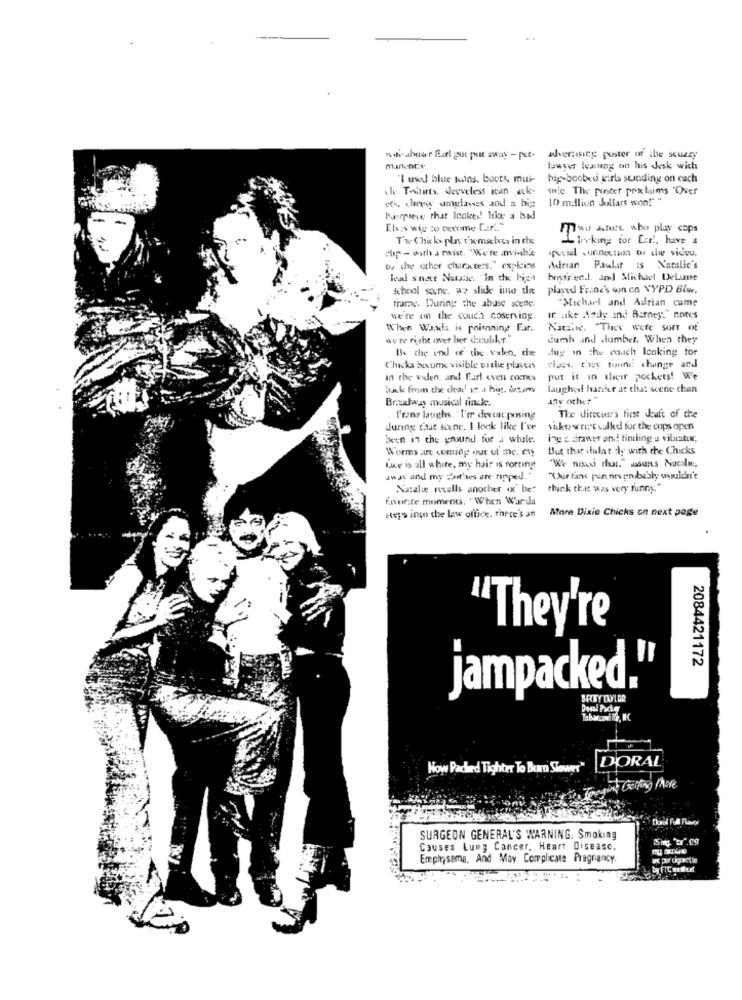
wifi. ahuur Burl gor put away - per-
advertising poster of the scuzzy
manente
bever leaning on his desk with
"I uwd blue tuins. boots, mui-
big boobed girls sunding on cach
dle T-shirts, develess ican uck-
swie The pinter proxclaims Over
ets, cheewy amylaves and a big
[0 million dollars won!" "
hastpiece that looked! like a bid
Elvis wig ao Docome Car"
Flau Ature who play cops
T'w Chicks plav txemaelves in the
L trcking for Car !, have a
chp - with a twist. "We're anwiiha
special .unnectan ou sie videu.
to the other characters." explains
Adrian Paulaf is Natalie's
heal snett Natstic. In the high
hmsfrien.t. and Michael DeLune
school soune. we slide into the
played Fraine's om en NYPD Blue.
frame. During the abuse scene.
"Michael and Adrian cume
we're on the couch coserving.
it like Andy and Barney."notes
When Waads is poisoning Far ..
Nachwe. "They were sort ot
wu ce rijthe over her <: culdr."
dumb and dumber. When they
Is the unal of the valen, die
dug in the couch looking for
Chicks become visible uithe players
dijes. chwy finns change and
in the vadlen, and Earl event comes
put it in their pockets! We
buk form the dead am a his. brsame
laughed hanber at that scene chan
Brudway musical fincke.
any other "
The direcuar's first deufc of che
Franz laughs. ' I'rr dercar:posing
during csat scene, I look like I've
sakty script walked for the cops open
been in the ground for a while.
ino = drawer and finding a vibrator.
Worms are coming out ut ine. eny
But that dulat :ly with the Chicks
Lie is all white. my hair is rorting
"We nousi chat." souns Nacalie.
away and my faithses are ripped."
"Our fans pennes probably wouldn't
Natalie recalls another or bef
rhark this was very funny."
favorite moments. "When Warda
More Dixie Chicks on next page
steps into the law office. there's an
"They're
2084421172
jampacked.'
BRITY TAYLOR
Docal Pocker
Now Packed Tighter To Burn Slower DORAL
mint Getting More
SURGEON GENERAL'S WARNING. Smoking
Causes Lung Cancer, Heart Disease.
Emphysema, And May Complicate Pregrancy.